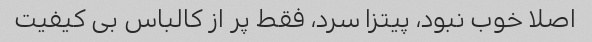
اصلا خوب نبود، پیتزا سرد، فقط پر از کالباس بی کیفیت